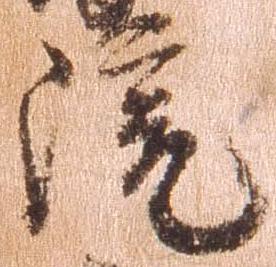
院